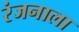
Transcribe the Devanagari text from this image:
रंजनाला